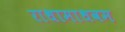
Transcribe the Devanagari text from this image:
राधामाधवम